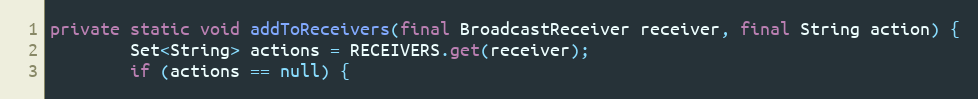
Language: Java
private static void addToReceivers(final BroadcastReceiver receiver, final String action) {
		Set<String> actions = RECEIVERS.get(receiver);
		if (actions == null) {